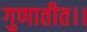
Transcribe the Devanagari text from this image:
गुणातीत।।